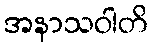
အနာသဝါတိ